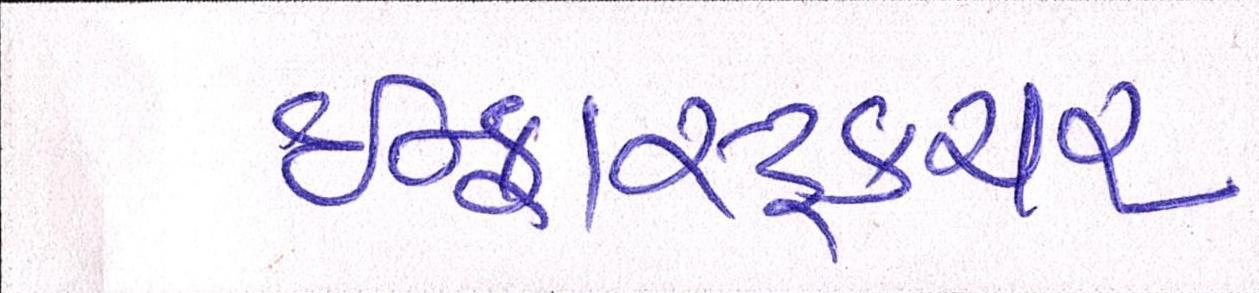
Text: ઇન્ફ્રાસ્ટ્રકચર